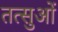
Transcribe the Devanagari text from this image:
तत्सुओं